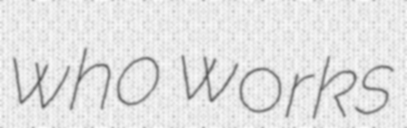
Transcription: who works